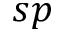
s p